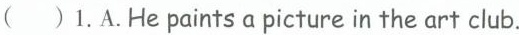
()1.A.He paints a picture in the art club.